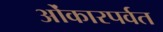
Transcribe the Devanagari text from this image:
ओंकारपर्वत